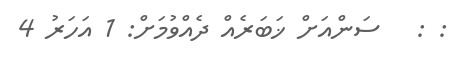
: :   ސަންއަށް ޚަބަރެއް ދެއްވުމަށް: 1 އަހަރު 4